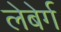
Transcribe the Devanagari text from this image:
लेबेर्ग